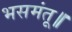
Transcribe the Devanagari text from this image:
भसमंतू॥